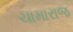
ચામારાજ